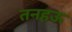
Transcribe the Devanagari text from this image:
तनहऊ